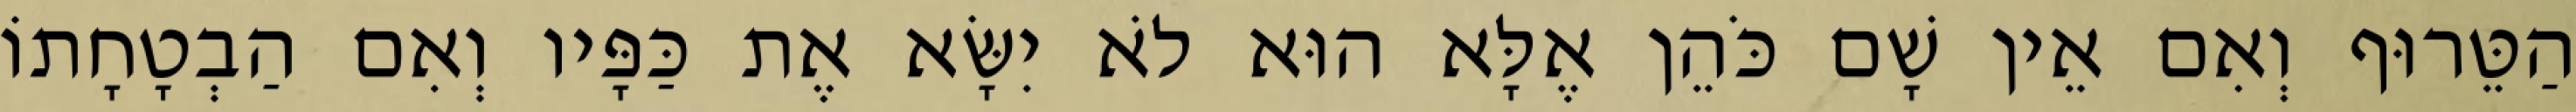
הַטֵּרוּף וְאִם אֵין שָׁם כֹּהֵן אֶלָּא הוּא לֹא יִשָּׂא אֶת כַּפָּיו וְאִם הַבְטָחָתוֹ